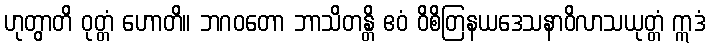
ဟုတွာတိ ဝုတ္တံ ဟောတိ။ ဘဂဝတော ဘာသိတန္တိ ဧဝံ ဝိစိတြနယဒေသနာဝိလာသယုတ္တံ ဣဒံ